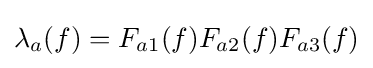
{\textstyle \lambda _{a}(f)=F_{a1}(f)F_{a2}(f)F_{a3}(f)}